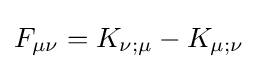
F_{\mu \nu }=K_{\nu ;\mu }-K_{\mu ;\nu }